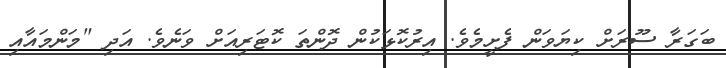
ބަގަރާ ސޫރަށް ކިޔަވަން ފެށީމެވެ. އިރުކޮޅަކުން ދޮންތަ ކޮޓަރިއަށް ވަނެވެ. އަދި "މަންމައާއި